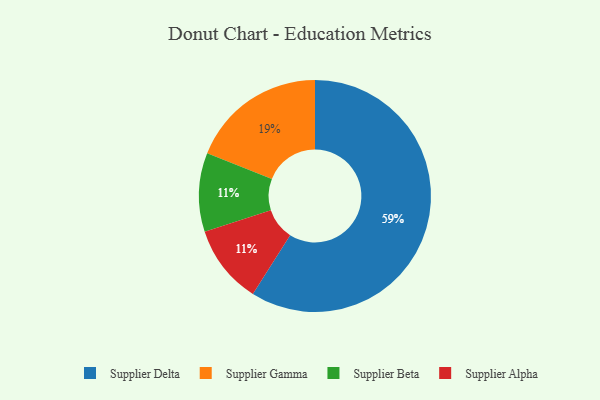
{"axis": {"x": "Category", "y": "Percentage"}, "legend": ["Supplier Alpha", "Supplier Beta", "Supplier Delta", "Supplier Gamma"], "data": [{"x": "Supplier Gamma", "y": 19, "type": "Supplier Gamma"}, {"x": "Supplier Beta", "y": 11, "type": "Supplier Beta"}, {"x": "Supplier Alpha", "y": 11, "type": "Supplier Alpha"}, {"x": "Supplier Delta", "y": 59, "type": "Supplier Delta"}]}